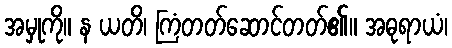
အမှုကို။ န ယတိ၊ ကြံတတ်ဆောင်တတ်၏။ အဓုရာယံ၊